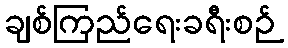
ချစ်ကြည်ရေးခရီးစဉ်